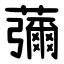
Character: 䕳